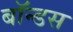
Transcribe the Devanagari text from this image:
बॉन्डस